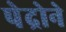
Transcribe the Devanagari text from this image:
पेद्रोने